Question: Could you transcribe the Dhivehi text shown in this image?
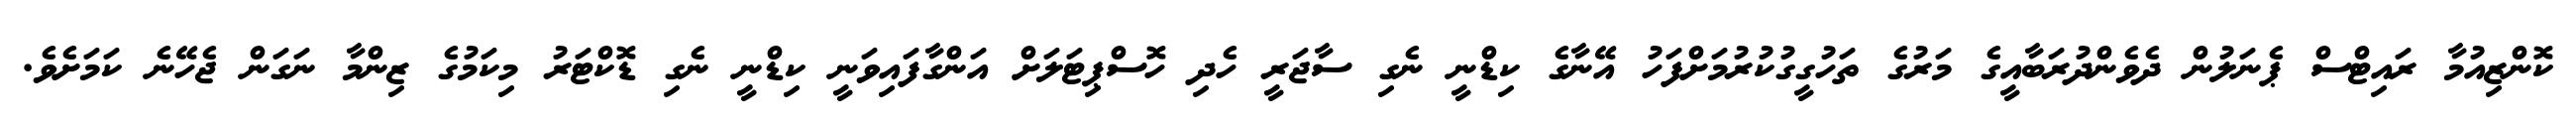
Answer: ކޮންޒިއުމާ ރައިޓްސް ޕެނަލުން ދެވެންދުރަބާއީގެ މަރުގެ ތަހުގީގުކުރުމަށްފަހު އޭނާގެ ކިޑްނީ ނެގި ސާޖަރީ ހެދި ހޮސްޕިޓަލަށް އަންގާފައިވަނީ ކިޑްނީ ނެގި ޑޮކްޓަރު މިކަމުގެ ޒިންމާ ނަގަން ޖެހޭނެ ކަމަށެވެ.